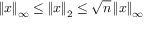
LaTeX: \left\| x \right\| _ { \infty } \leq \left\| x \right\| _ { 2 } \leq { \sqrt { n } } \left\| x \right\| _ { \infty }